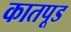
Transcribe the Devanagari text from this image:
कातपूड